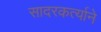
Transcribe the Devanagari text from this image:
सादरकर्त्याने